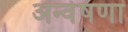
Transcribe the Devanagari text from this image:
अन्वेषणा